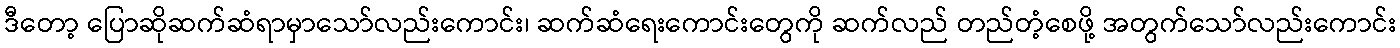
ဒီတော့ ပြောဆိုဆက်ဆံရာမှာသော်လည်းကောင်း၊ ဆက်ဆံရေးကောင်းတွေကို ဆက်လည် တည်တံ့စေဖို့ အတွက်သော်လည်းကောင်း